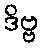
ဒိဗ္ဗ